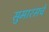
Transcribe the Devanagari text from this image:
सुमारसचे